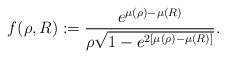
LaTeX: \begin{align*} f(\rho,R) := \frac{e^{\mu(\rho) - \mu(R)}}{\rho \sqrt{ 1 - e^{2[\mu(\rho) - \mu(R)]} } } .\end{align*}